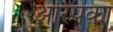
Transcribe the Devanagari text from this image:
अरिपेका